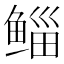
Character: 鲻